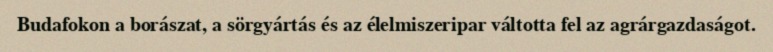
Budafokon a borászat, a sörgyártás és az élelmiszeripar váltotta fel az agrárgazdaságot.